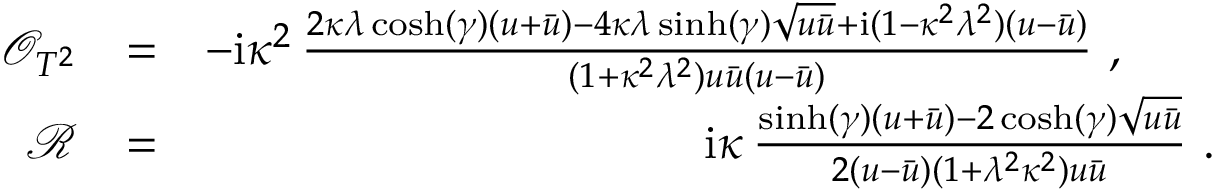
\begin{array} { r l r } { \mathcal { O } _ { T ^ { 2 } } } & { = } & { - \mathrm { i } \kappa ^ { 2 } \, \frac { 2 \kappa \lambda \cosh ( { \gamma } ) ( u + \Bar { u } ) - 4 \kappa \lambda \sinh ( { \gamma } ) \sqrt { u \Bar { u } } + \mathrm { i } ( 1 - \kappa ^ { 2 } \lambda ^ { 2 } ) ( u - \Bar { u } ) } { ( 1 + \kappa ^ { 2 } \lambda ^ { 2 } ) u \Bar { u } ( u - \Bar { u } ) } ~ , ~ ~ ~ ~ ~ ~ } \\ { \mathcal { R } } & { = } & { ~ \mathrm { i } \kappa \, \frac { \sinh ( { \gamma } ) ( u + \Bar { u } ) - 2 \cosh ( { \gamma } ) \sqrt { u \Bar { u } } } { 2 ( u - \Bar { u } ) ( 1 + \lambda ^ { 2 } \kappa ^ { 2 } ) u \Bar { u } } ~ . } \end{array}